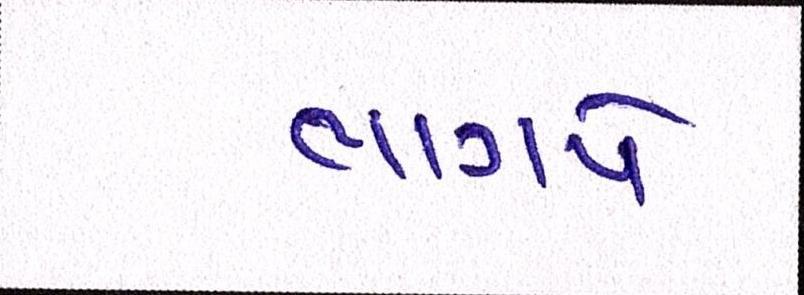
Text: ભાગપે